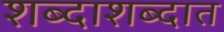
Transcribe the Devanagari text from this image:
शब्दाशब्दात